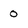
Character: 0